Indian journal of veterinary science and animal husbandry - Volume 7,
Year: 1937
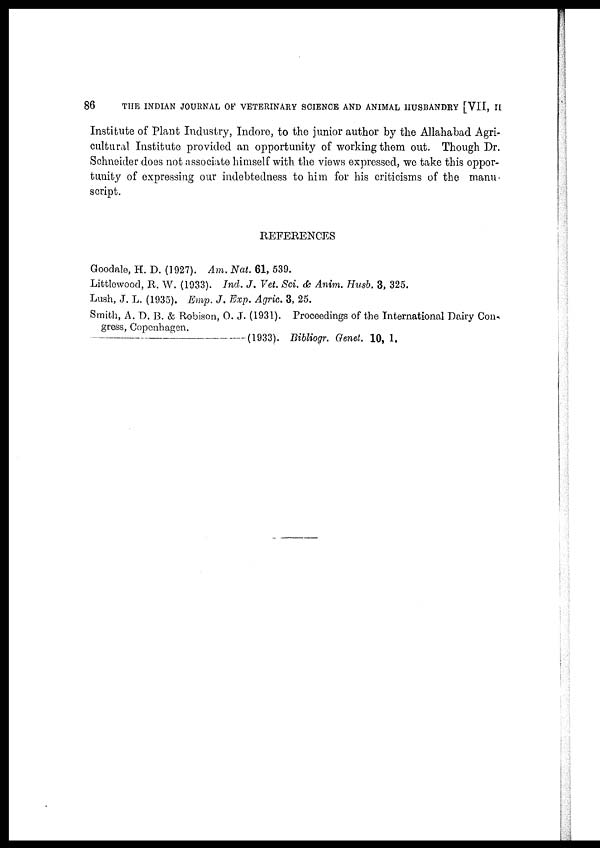
86
THE INDIAN JOURNAL OF VETERINARY SCIENCE AND ANIMAL HUSBANDRY [VII, II
Institute of Plant Industry, Indore, to the junior author by the Allahabad Agri-
cultural Institute provided an opportunity of working them out. Though Dr.
Schneider does not associate himself with the views expressed, we take this oppor-
tunity of expressing our indebtedness to him for his criticisms of the manu-
script.
REFERENCES
Goodale, H. D. (1927). Am. Nat. 61, 539.
Littlewood, R. W. (1933). Ind. J. Vet. Sci. & Anim. Husb. 3, 325.
Lush, J. L. (1935). Emp. J. Exp. Agric. 3, 25.
Smith, A. D. B. & Robison, O. J. (1931). Proceedings of the International Dairy Con¬
gross, Copenhagen.
—(1933).
Bibliogr. Genet. 10, 1.